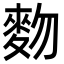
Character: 䴯